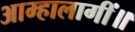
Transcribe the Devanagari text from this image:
आम्हालागीं॥